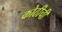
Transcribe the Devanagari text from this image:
कोठीची